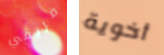
فريقي أخوية